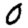
Digit: 0